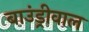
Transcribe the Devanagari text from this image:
बाउंड्रीवाल